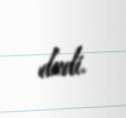
dedi.